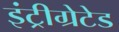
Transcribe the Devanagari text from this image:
इंट्रीग्रेटेड